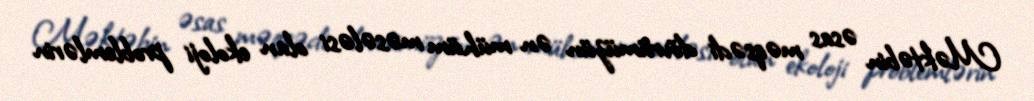
Məktəbin əsas məqsədi dövrümüzün ən mühüm məsələsi olan ekoloji problemlərin